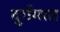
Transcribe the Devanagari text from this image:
दुर्गमात